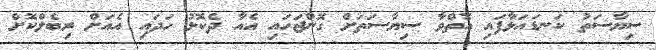
ސިޔާސަތު ކަނޑައަޅާފައި އޮތްވާ ސިޔާސަތަށް ގޮންޖަހައި އެއާ ދެކޮޅު ހަދައި އެއަށް ރިބެލްކޮށް